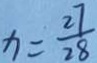
x = \frac { 2 7 } { 2 8 }